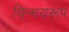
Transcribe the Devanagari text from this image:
चिन्मयरूप